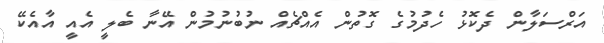
އަރްސަލާން ދެކޮޅު ހެދުމުގެ ގޮތުން އެއްޗެއް ނުބުނުމުން އޭނާ ބެލީ އެއީ އާއެކޭ